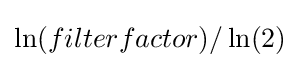
\ln(filterfactor)/\ln(2)